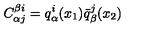
C _ { \alpha j } ^ { \beta i } = q _ { \alpha } ^ { i } ( x _ { 1 } ) \bar { q } _ { \beta } ^ { j } ( x _ { 2 } )